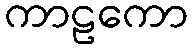
ကာဠကော